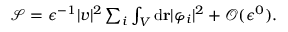
\begin{array} { r } { \mathcal { S } = \epsilon ^ { - 1 } \vert \boldsymbol { v } \vert ^ { 2 } \sum _ { i } \int _ { V } \mathrm { d } \mathbf { r } \vert \varphi _ { i } \vert ^ { 2 } + \mathcal { O } ( \epsilon ^ { 0 } ) . } \end{array}